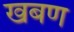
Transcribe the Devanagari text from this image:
खबण